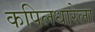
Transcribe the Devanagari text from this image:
कपिलधारेला